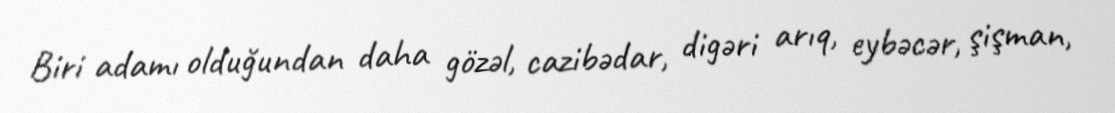
Biri adamı olduğundan daha gözəl, cazibədar, digəri arıq, eybəcər, şişman,